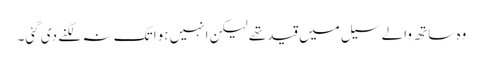
وہ ساتھ والے سیل میں قید تھے لیکن انہیں ہوا تک نہ لگنے دی گئی۔